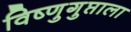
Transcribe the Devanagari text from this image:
विष्णुगुप्ताला